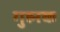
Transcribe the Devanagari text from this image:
गुह्मक